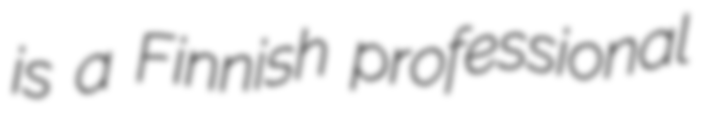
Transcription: is a Finnish professional